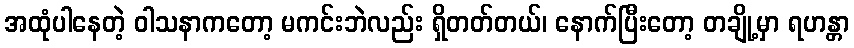
အထုံပါနေတဲ့ ဝါသနာကတော့ မကင်းဘဲလည်း ရှိတတ်တယ်၊ နောက်ပြီးတော့ တချို့မှာ ရဟန္တာ